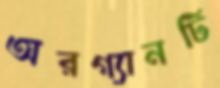
অরগ্যানটি